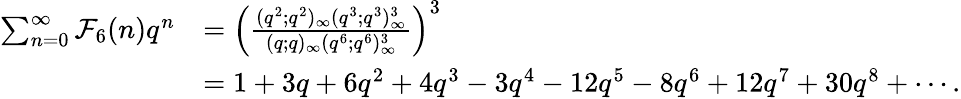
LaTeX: \begin{array}{rl}{\sum_{n=0}^{\infty}\mathcal{F}_{6}(n)q^{n}}&{=\left(\frac{(q^{2};q^{2})_{\infty}(q^{3};q^{3})_{\infty}^{3}}{(q;q)_{\infty}(q^{6};q^{6})_{\infty}^{3}}\right)^{3}}\\ &{=1+3q+6q^{2}+4q^{3}-3q^{4}-12q^{5}-8q^{6}+12q^{7}+30q^{8}+\cdots.}\end{array}